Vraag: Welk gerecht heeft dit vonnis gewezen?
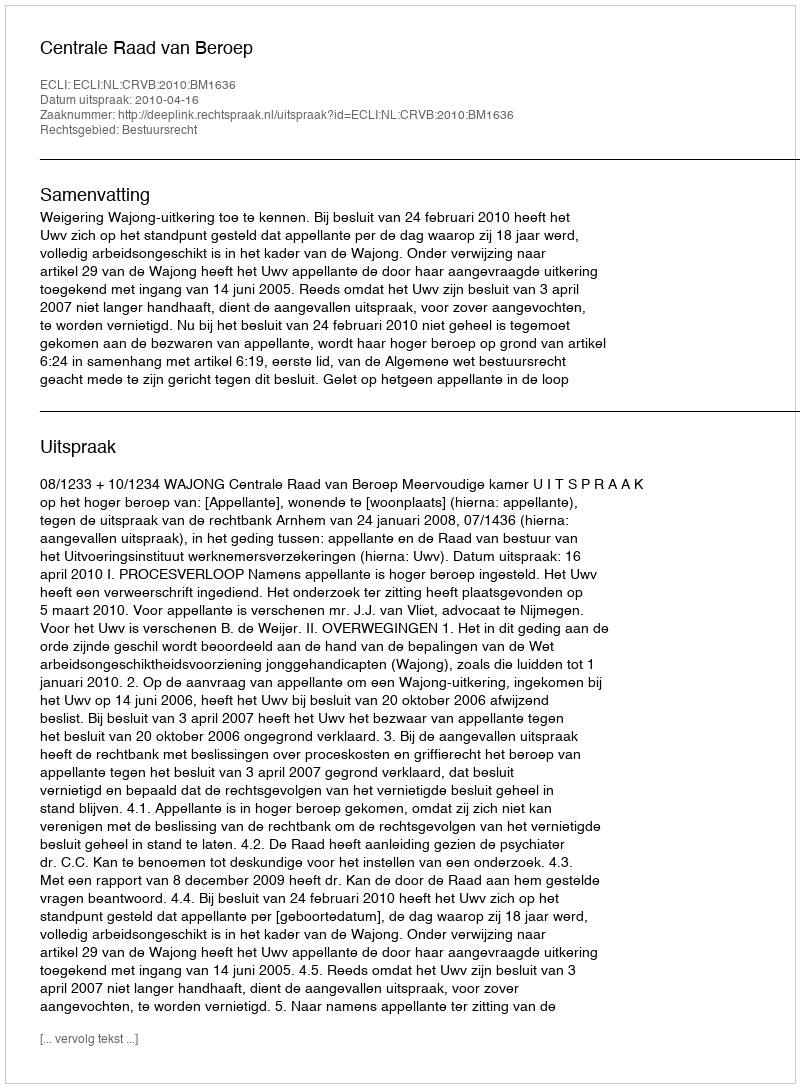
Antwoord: Centrale Raad van Beroep